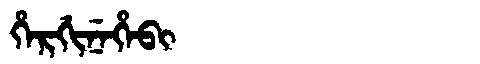
Manchu: ᡥᡝᡵᡤᡳᠨᡝᡥᡝᠪᡳ
Romanization: HERGINEHEBI